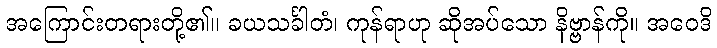
အကြောင်းတရားတို့၏။ ခယသင်္ခါတံ၊ ကုန်ရာဟု ဆိုအပ်သော နိဗ္ဗာန်ကို။ အဝေဒိ